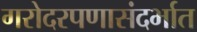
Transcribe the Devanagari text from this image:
गरोदरपणासंदर्भात